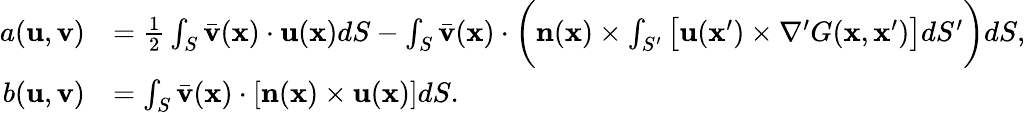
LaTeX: \begin{array}{rl}{a(\mathbf{u},\mathbf{v})}&{=\frac{1}{2}\int_{S}\bar{\mathbf{v}}(\mathbf{x})\cdot\mathbf{u}(\mathbf{x})dS-\int_{S}\bar{\mathbf{v}}(\mathbf{x})\cdot\bigg(\mathbf{n}(\mathbf{x})\times\int_{S^{\prime}}\big[\mathbf{u}(\mathbf{x}^{\prime})\times\nabla^{\prime}G(\mathbf{x},\mathbf{x}^{\prime})\big]dS^{\prime}\bigg)dS,}\\ {b(\mathbf{u},\mathbf{v})}&{=\int_{S}\bar{\mathbf{v}}(\mathbf{x})\cdot[\mathbf{n}(\mathbf{x})\times\mathbf{u}(\mathbf{x})]dS.}\end{array}